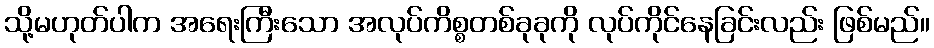
သို့မဟုတ်ပါက အရေးကြီးသော အလုပ်ကိစ္စတစ်ခုခုကို လုပ်ကိုင်နေခြင်းလည်း ဖြစ်မည်။